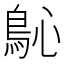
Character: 𩾽